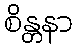
စိန္တနာ